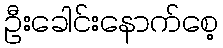
ဦးခေါင်းနောက်စေ့